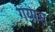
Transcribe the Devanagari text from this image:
गयास